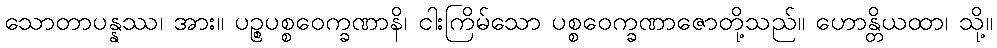
သောတာပန္နဿ၊ အား။ ပဉ္စပစ္စဝေက္ခဏာနိ၊ ငါးကြိမ်သော ပစ္စဝေက္ခဏာဇောတို့သည်။ ဟောန္တိယထာ၊ သို့။